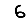
Digit: 6